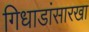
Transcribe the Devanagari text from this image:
गिधाडांसारखा